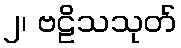
၂၊ ဗဠိသသုတ်